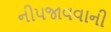
નીપજાવવાની